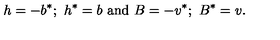
h = - b ^ { * } ; \ h ^ { * } = b \ \mathrm { a n d } \ B = - v ^ { * } ; \ B ^ { * } = v .